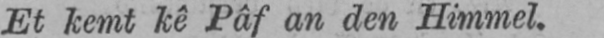
Et kemt kê Pâf an den Himmel.